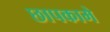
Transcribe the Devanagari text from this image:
छापकामे